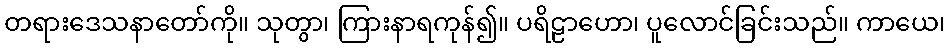
တရားဒေသနာတော်ကို။ သုတွာ၊ ကြားနာရကုန်၍။ ပရိဠာဟော၊ ပူလောင်ခြင်းသည်။ ကာယေ၊